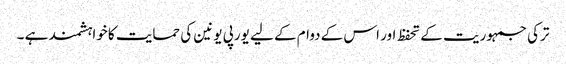
ترکی جمہوریت کے تحفظ اور اس کے دوام کے لیے یورپی یونین کی حمایت کا خواہشمند ہے ۔